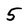
Character: 5